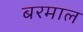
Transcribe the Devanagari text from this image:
बरमाल